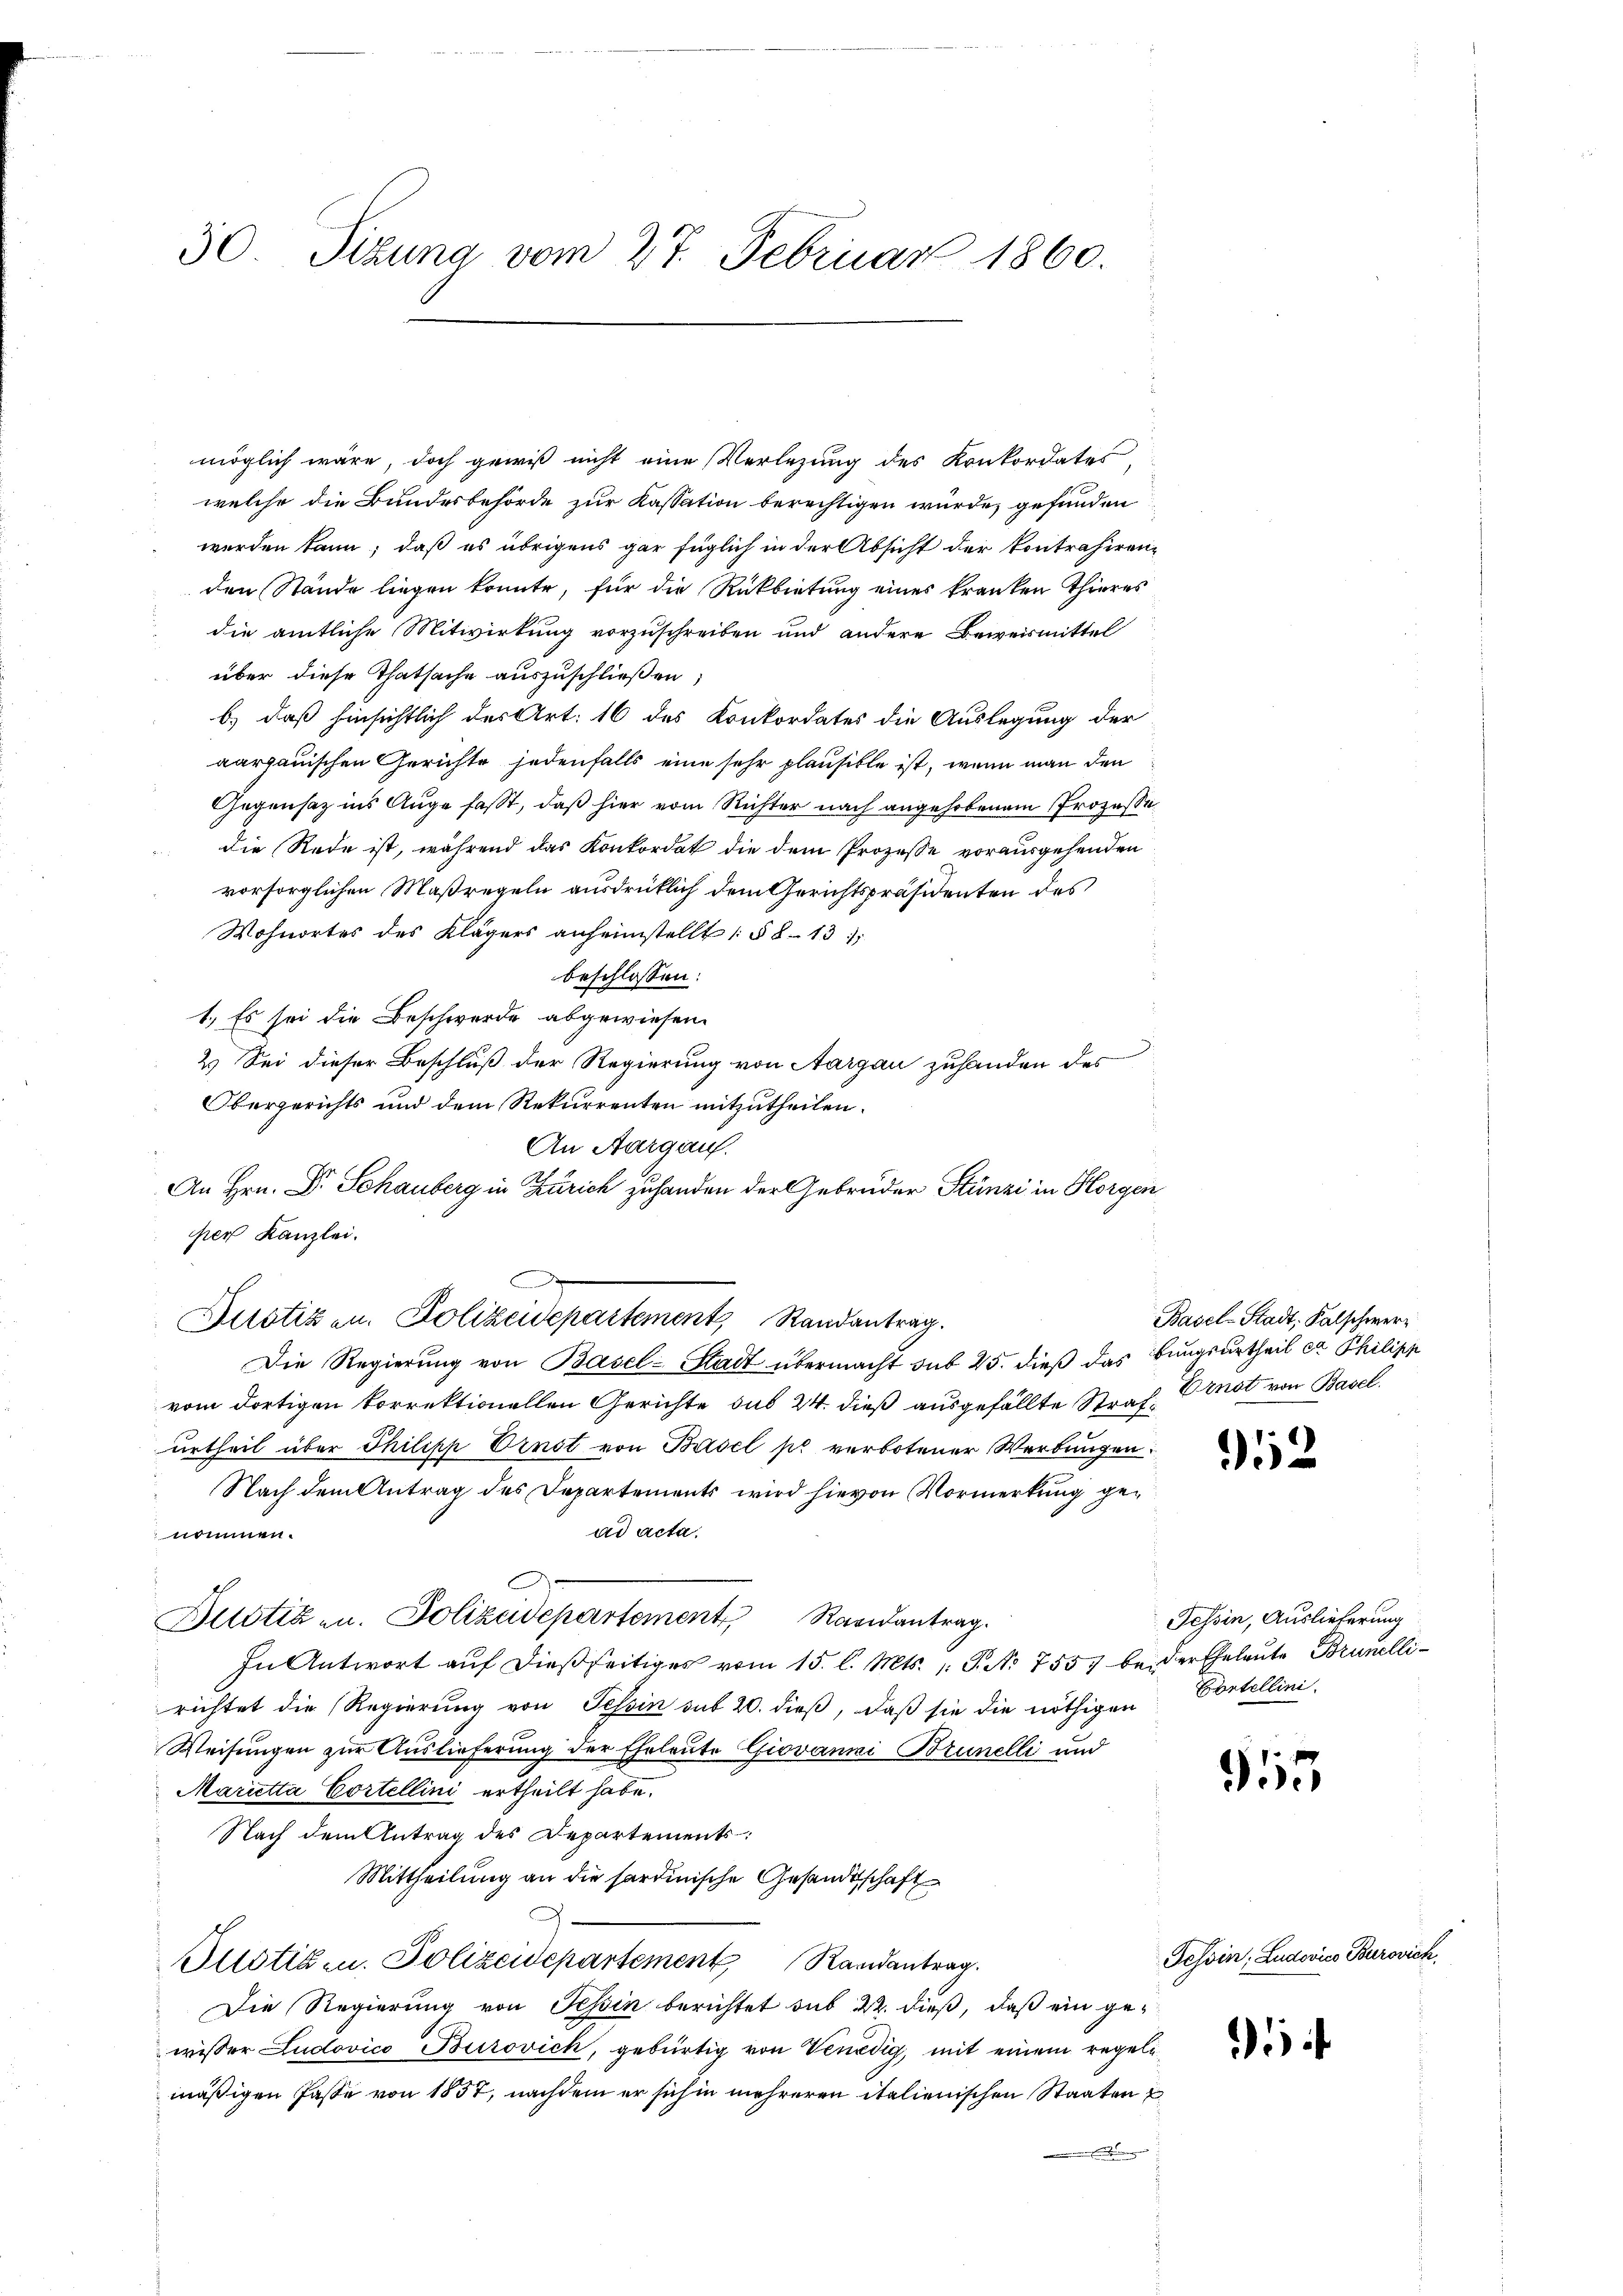
30. Sitzung vom 27. Februar 1860.

welche die Bundesbehörde zur Kassation berechtigen würde, gefunden
werden kann; daß es übrigens gar füglich in der Absicht der kontrahiren-
den Stände liegen konnte, für die Rückbietung eines kranken Thieres
die amtliche Mitwirkung vorzuschreiben und andere Beweismittel
über diese Thatsache auszuschließen,
b.) daß hinsichtlich der Art. 16 des Konkordates die Auslegung der
aargauischen Gerichte jedenfalls eine sehr plausible ist, wenn man den
Gegensatz ins Auge fasst, daß hier vom Richter nach angehobenem Prozesse
die Rede ist, während das Konkordat die dem Prozesse vorausgehenden
vorsorglichen Maßregeln ausdrücklich dem Gerichtspräsidenten des
Wohnortes des Klägers anheimstellt (§ 8. 131
beschlossen:
1.) Es sei die Beschwerde abgewiesen.
2.) Sei dieser Beschluß der Regierung von Aargau zuhanden des
Obergerichts und dem Rekurrenten mitzutheilen.
An Aargauf.
An Hrn. Dr. Schauberg in Zürich zu handen der Gebrüder Stünzi in Horgen
per Kanzlei.
.
Die Regierung von Basel-Stadt übermacht sub 25. dieß das Bungsurtheil ca Philipp
vom dortigen korrektionellen Gerichte sub 24. dieß ausgefällte Straf. Ernst von Basel.
urtheil über Philipp Ernst von Basel pr verbotener Werbungen.
Nach dem Antrag des Departements wird hievon Vormerkung gead acta.
nommen.
Bilotizen. Polizeidepartement Randantrag.
In Antwort aŭf dießseitiges vom 15. l. Mts. (T. No 7557 bei der Eheleute Brunellirichtet die Regierung von Tessin sub 20. dieß, daß sie die nöthigen
Weisungen zur Auslieferung der Ehrleute Giovanni Brunelli und
Marietta Cortellini ertheilt habe.
Nach dem Antrag des Departements:
Mittheilung an die sardinische Gesandtschaft
Plistigen. Polizeidepartement Randantrag.
Die Regierung von Tessin berichtet sub 22. dieß, daß ein gewisser Ludovico Burovich, gebürtig von Venedig, mit einem regeln
mäßigen Pässe von 1857, nachdem er sich in mehreren italienischen Staaten
r

möglich wäre, doch gewiß nicht eine Verlegung des Konkordates

Justiz u. Polizeidepartement, Randantrag.

Basel-Stadt, Falschwerz

52

Tessin, Auslieferung
Cortellini.

955

¬

Tessin, Ludovics Burovich,